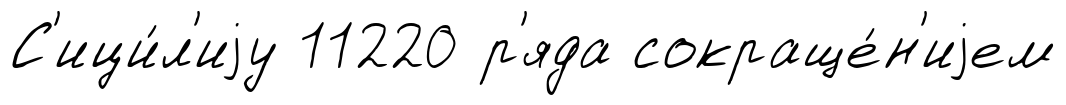
С'ици́л'иjу 11220 р'яда сокраще́н'иjем